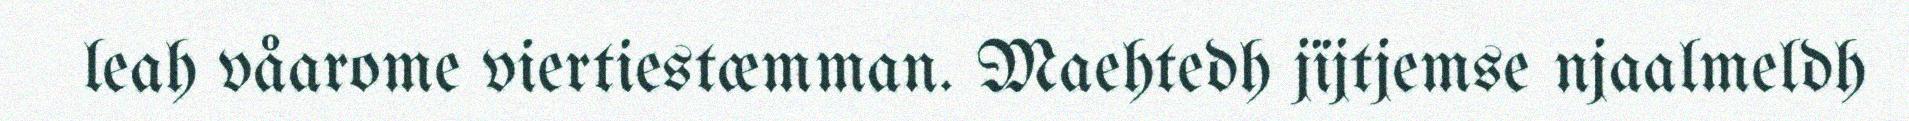
leah våarome viertiestæmman. Maehtedh jïjtjemse njaalmeldh